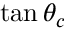
\tan { \theta _ { c } }